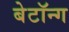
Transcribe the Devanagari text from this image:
बेटॉन्ग